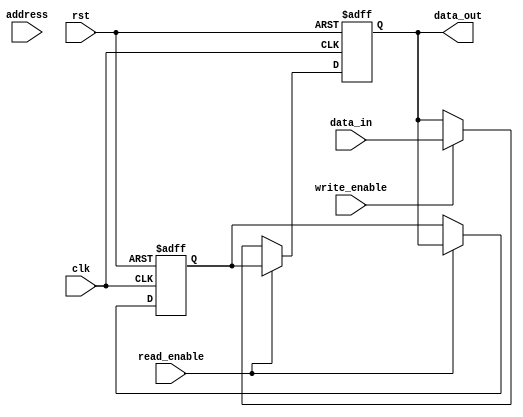
module memory_block(
  input wire clk,
  input wire rst,
  input wire [31:0] address,
  input wire [31:0] data_in,
  output reg [31:0] data_out,
  input wire read_enable,
  input wire write_enable
);

// Quad data rate functionality 
reg [31:0] data_out_reg;
always @(posedge clk or posedge rst) begin
  if (rst) begin
    data_out_reg <= 0;
  end else begin
    if (read_enable) begin
      data_out_reg <= data_out;
    end
  end
end

always @(posedge clk or posedge rst) begin
  if (rst) begin
    data_out <= 0;
  end else begin
    if (read_enable) begin
      data_out <= data_out_reg;
    end else begin
      if (write_enable) begin
        data_out <= data_in;
      end
    end
  end
end

// Address decoding to select memory block

// Control logic to enable read and write operations

// Error detection and correction mechanisms

endmodule